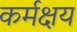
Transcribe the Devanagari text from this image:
कर्मक्षय